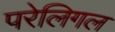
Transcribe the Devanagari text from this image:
परेलिगल